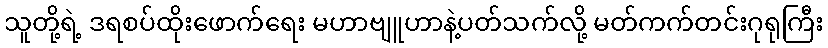
သူတို့ရဲ့ ဒရစပ်ထိုးဖောက်ရေး မဟာဗျူဟာနဲ့ပတ်သက်လို့ မတ်ကက်တင်းဂုရုကြီး